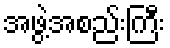
အဖွဲ့အစည်းကြီး